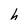
Character: h